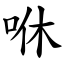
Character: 咻